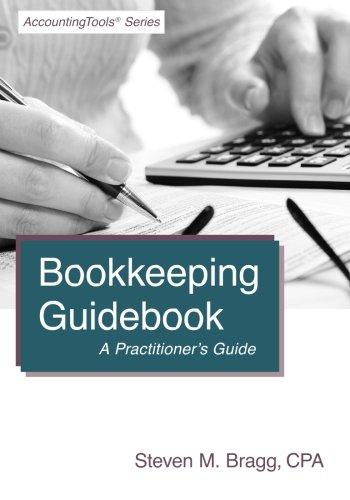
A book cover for Bookkeeping Guidebook: A Practitioner's Guide; Steven M. Bragg; Business & Money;